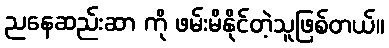
ညနေဆည်းဆာ ကို ဖမ်းမိနိုင်တဲ့သူဖြစ်တယ်။